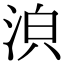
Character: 𣴼